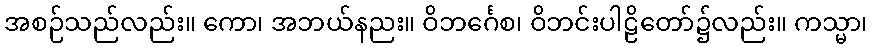
အစဉ်သည်လည်း။ ကော၊ အဘယ်နညး။ ဝိဘင်္ဂေစ၊ ဝိဘင်းပါဠိတော်၌လည်း။ ကသ္မာ၊